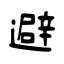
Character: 避